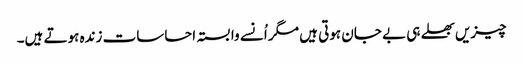
چیزیں بھلے ہی بے جان ہوتی ہیں مگر اُنسے وابستہ احساسات زندہ ہوتے ہیں۔